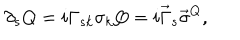
LaTeX: \partial _ { s } Q = i \Gamma _ { s k } \sigma _ { k } Q = i \vec { \Gamma } _ { s } \vec { \sigma } ^ { Q } ,